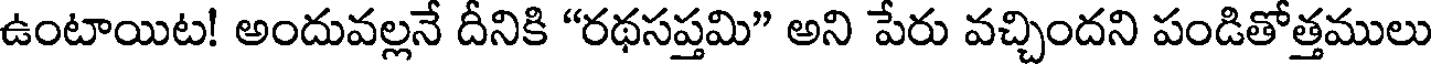
ఉంటాయిట! అందువల్లనే దీనికి "రథసప్తమి" అని పేరు వచ్చిందని పండితోత్తములు